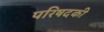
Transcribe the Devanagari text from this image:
परिषदकी